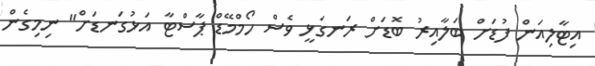
އިޓާލިއަން ފުޑަށް ބަލާއިރު ބޮޑަށް ރަނގަޅީ ވެސް ހޯމްމޭޑް ޕާސްޓާ އަޅުގަނޑަށް" ނިމިގެން